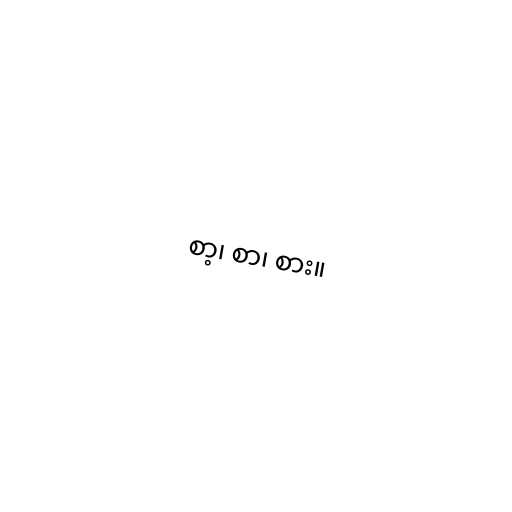
စာ့၊ စာ၊ စား။